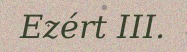
Ezért III.